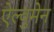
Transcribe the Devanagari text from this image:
ऐल्वुमेन